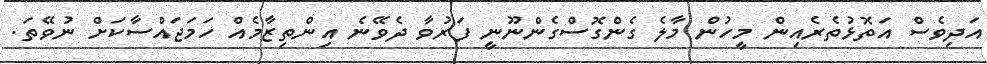
އަދިވެސް އަތޮޅުތެރެއިން މީހުން މާލެ ގެންގޮސްގެންނޫނީ ފަރުވާ ދެވޭނެ އިންތިޒާމެއް ހަމަޖައްސާކަށް ނުވޭތަ.